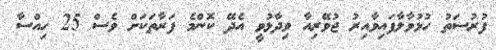
ފުރުސަތު ހުޅުވާލާފައިވާއިރު ޖުވޭރިއާ ވިދާޅުވީ އެދޭ ކޮންމެ ފަރާތަކަށް ވެސް 25 ހިއްސާ